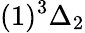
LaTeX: (1)^{3}\Delta_{2}